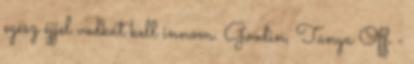
egész éjjel vodkát kell innom. Goodin, Tanya Off -